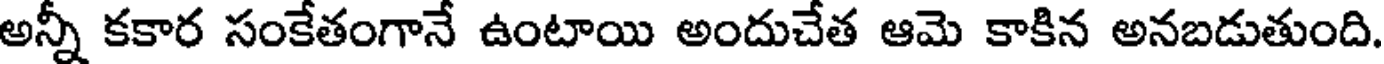
అన్నీ కకార సంకేతంగానే ఉంటాయి అందుచేత ఆమె కాకిన అనబడుతుంది